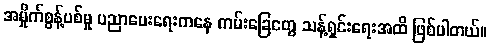
အမှိုက်စွန့်ပစ်မှု ပညာပေးရေးကနေ ကမ်းခြေတွေ သန့်ရှင်းရေးအထိ ဖြစ်ပါတယ်။